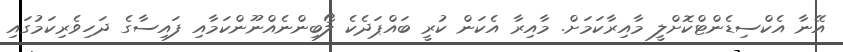
އޭނާ އެކްސިޑެންޓްކޮށްލީ މާއިރާކަމަށް. މާއިރާ އެކަން ކުރީ ބައްޕަދެކެ ލޯބިންނެއްނޫންކަމާއި ފައިސާގެ ދަހިވެރިކަމުގައި